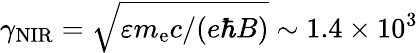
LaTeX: \gamma_{\mathrm{NIR}}=\sqrt{\varepsilon m_{\mathrm{e}}c/(e\hbar B)}\sim 1.4\times 10^{3}